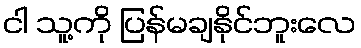
ငါ သူ့ကို ပြန်မချနိုင်ဘူးလေ